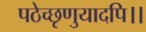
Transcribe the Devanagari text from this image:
पठेच्छृणुयादपि।।